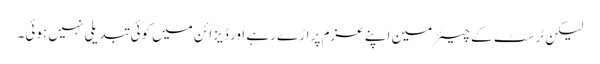
لیکن ٹرسٹ کے چیئرمین اپنے عزم پر اڑے رہے اور ڈیزائن میں کوئی تبدیلی نہیں ہوئی۔